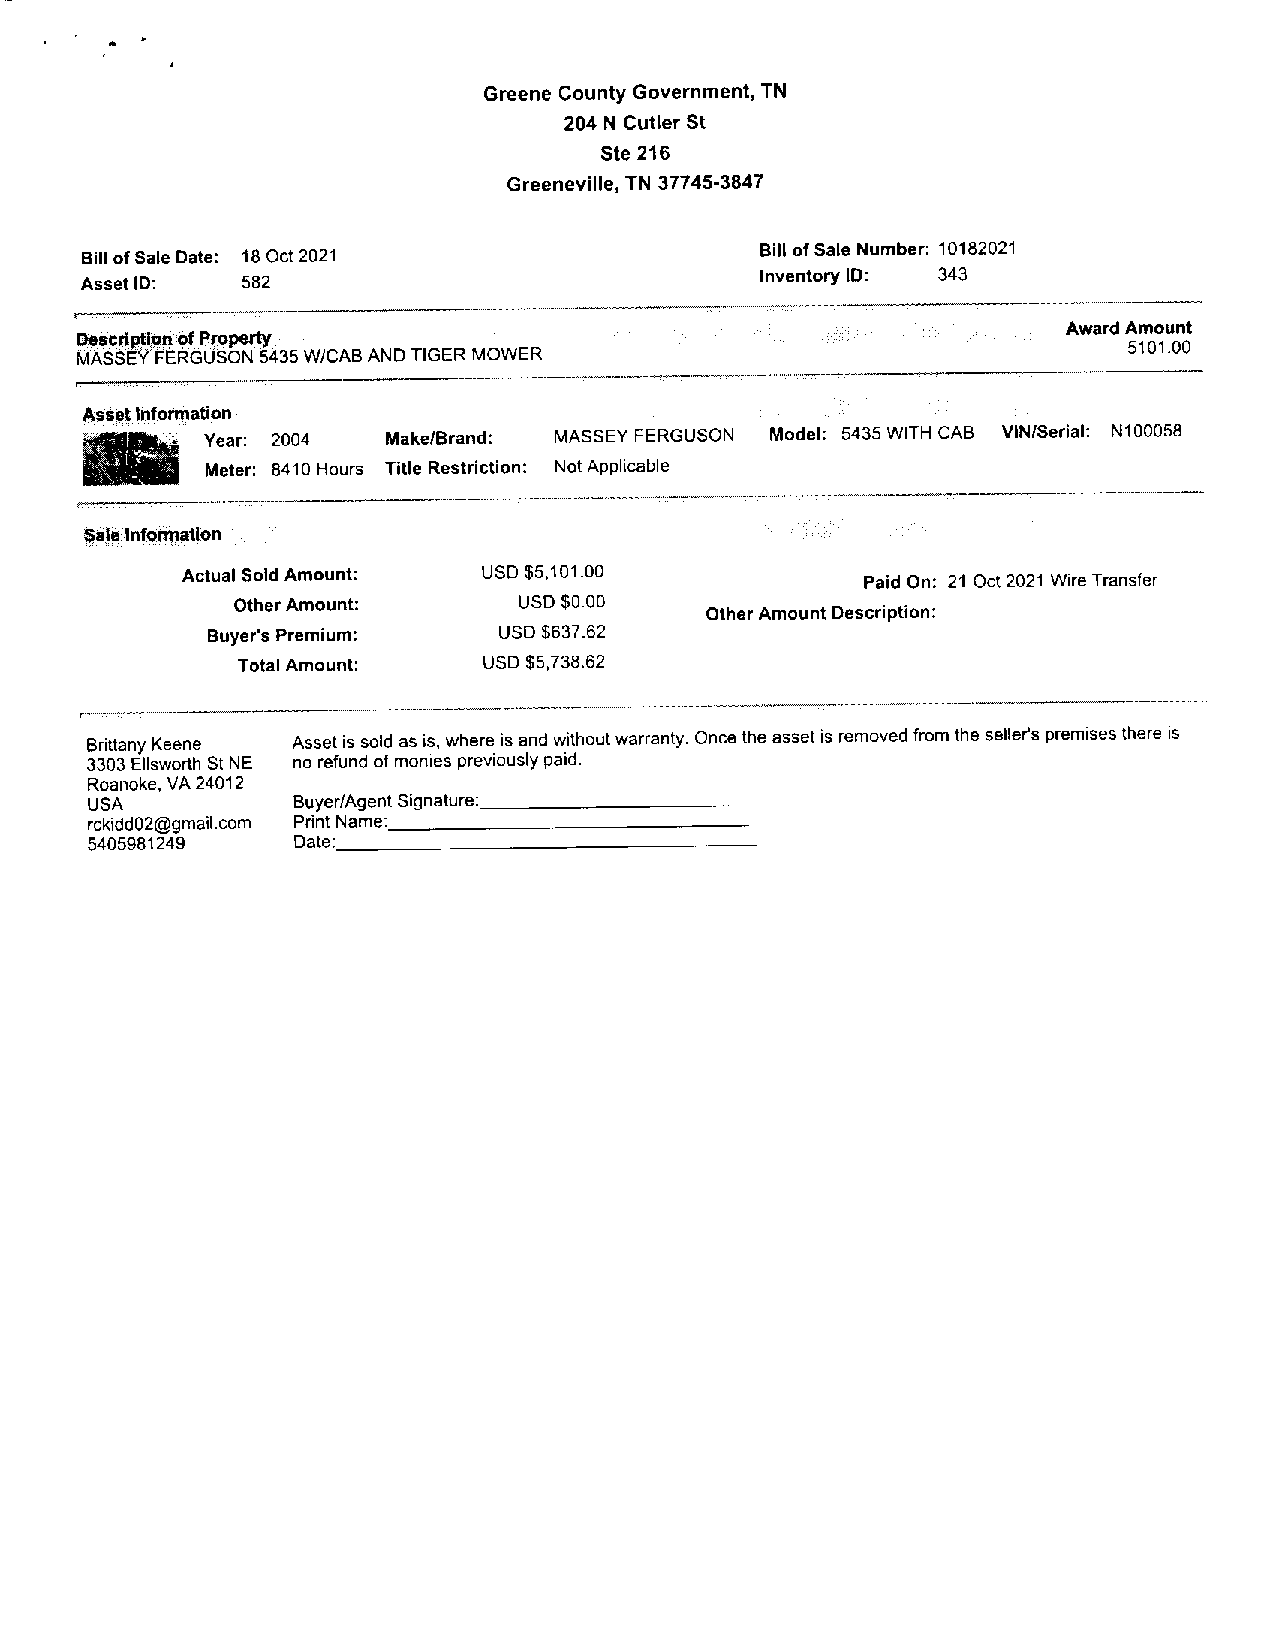
Greene county Government, TN
 204 N cutlerSt
 Ste 216
 Greeneville, TN 37745-3647
 Billof Sale Date: 18 Oct 2021                Bill ofSale Number: 10182021
 AssetID:   582                               InventoryID: 343
 AwardAmount
 DescriptIonofProperty
 5101.00
 MASSEY FERGUSON 5435W/CABANDTIGER MOWER
 ~                                               -
 Asset
 Information
 S~.     Year: 2004  Make/Brand: MASSEY FERGUSON Model: 5435WITH CAB vINISerial:
 Meter: 8410 Hours Title Restriction: NotApplicable
 ~                    ~         ~                                  --
 SaleInformatIon
 Actual SoldAmount:  USD $5,101.00
 Paid On: 21 Oct2021 WireTransfer
 OtherAmount:       USD$0.00
 OtherAmountDescription:
 Buyer’s Premium:   USD $637.62
 TotalAmount:    USD$5738.62
 Brittany Keene Assetis sold asis, where isandwithoutwarranty. Once theasset isremoved from the seller’spremises there is
 3303Ellsworth StNE no refundofmonies previouslypaid.
 Roanoke, VA 24012
 USA          Buyer/AgentSignature:
 rckidd02@gmail.com Print Name:________________________________________
 5405981249   Date:___________________________________________